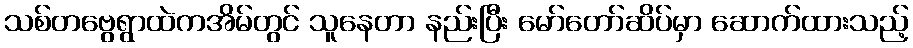
သစ်တဗွေရွာထဲကအိမ်တွင် သူနေတာ နည်းပြီး မော်တော်ဆိပ်မှာ ဆောက်ထားသည့်